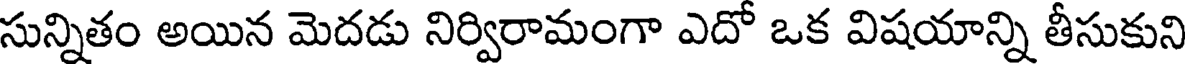
సున్నితం అయిన మెదడు నిర్విరామంగా ఎదో ఒక విషయాన్ని తీసుకుని